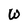
Character: W